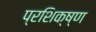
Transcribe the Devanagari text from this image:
प्रशिक्ष्ण